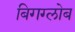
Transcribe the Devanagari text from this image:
बिगग्लोब